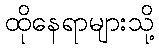
ထိုနေရာများသို့